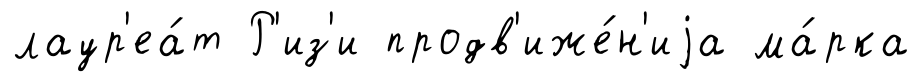
лаур'еа́т Р'из'и продв'иже́н'иjа ма́рка